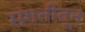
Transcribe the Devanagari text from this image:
संगतीतून